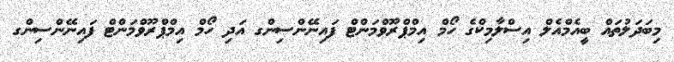
މިބަދަލުތައް ބީއެމްއެލް އިސްލާމިކްގެ ހޯމް އިމްޕްރޫވްމަންޓް ފައިނޭންސިންގ އަދި ހޯމް އިމްޕްރޫވްމަންޓް ފައިނޭންސިންގ